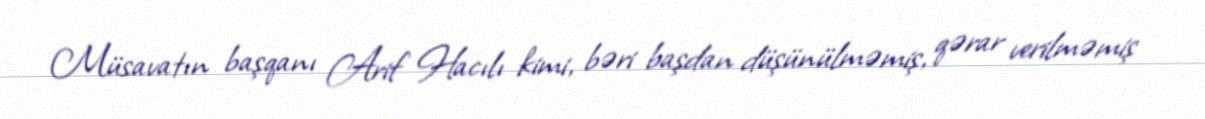
Müsavatın başqanı Arif Hacılı kimi, bəri başdan düşünülməmiş, qərar verilməmiş